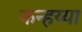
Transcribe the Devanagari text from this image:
कन्हय्या